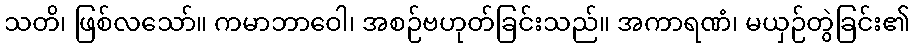
သတိ၊ ဖြစ်လသော်။ ကမာဘာဝေါ၊ အစဉ်ဗဟုတ်ခြင်းသည်။ အကာရဏံ၊ မယှဉ်တွဲခြင်း၏